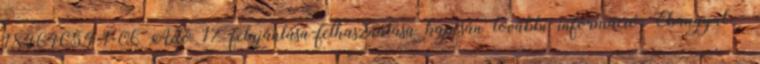
18464654-1-06 Adó 1% felajánlása-felhasználása kapcsán további információ: Ebangyal -